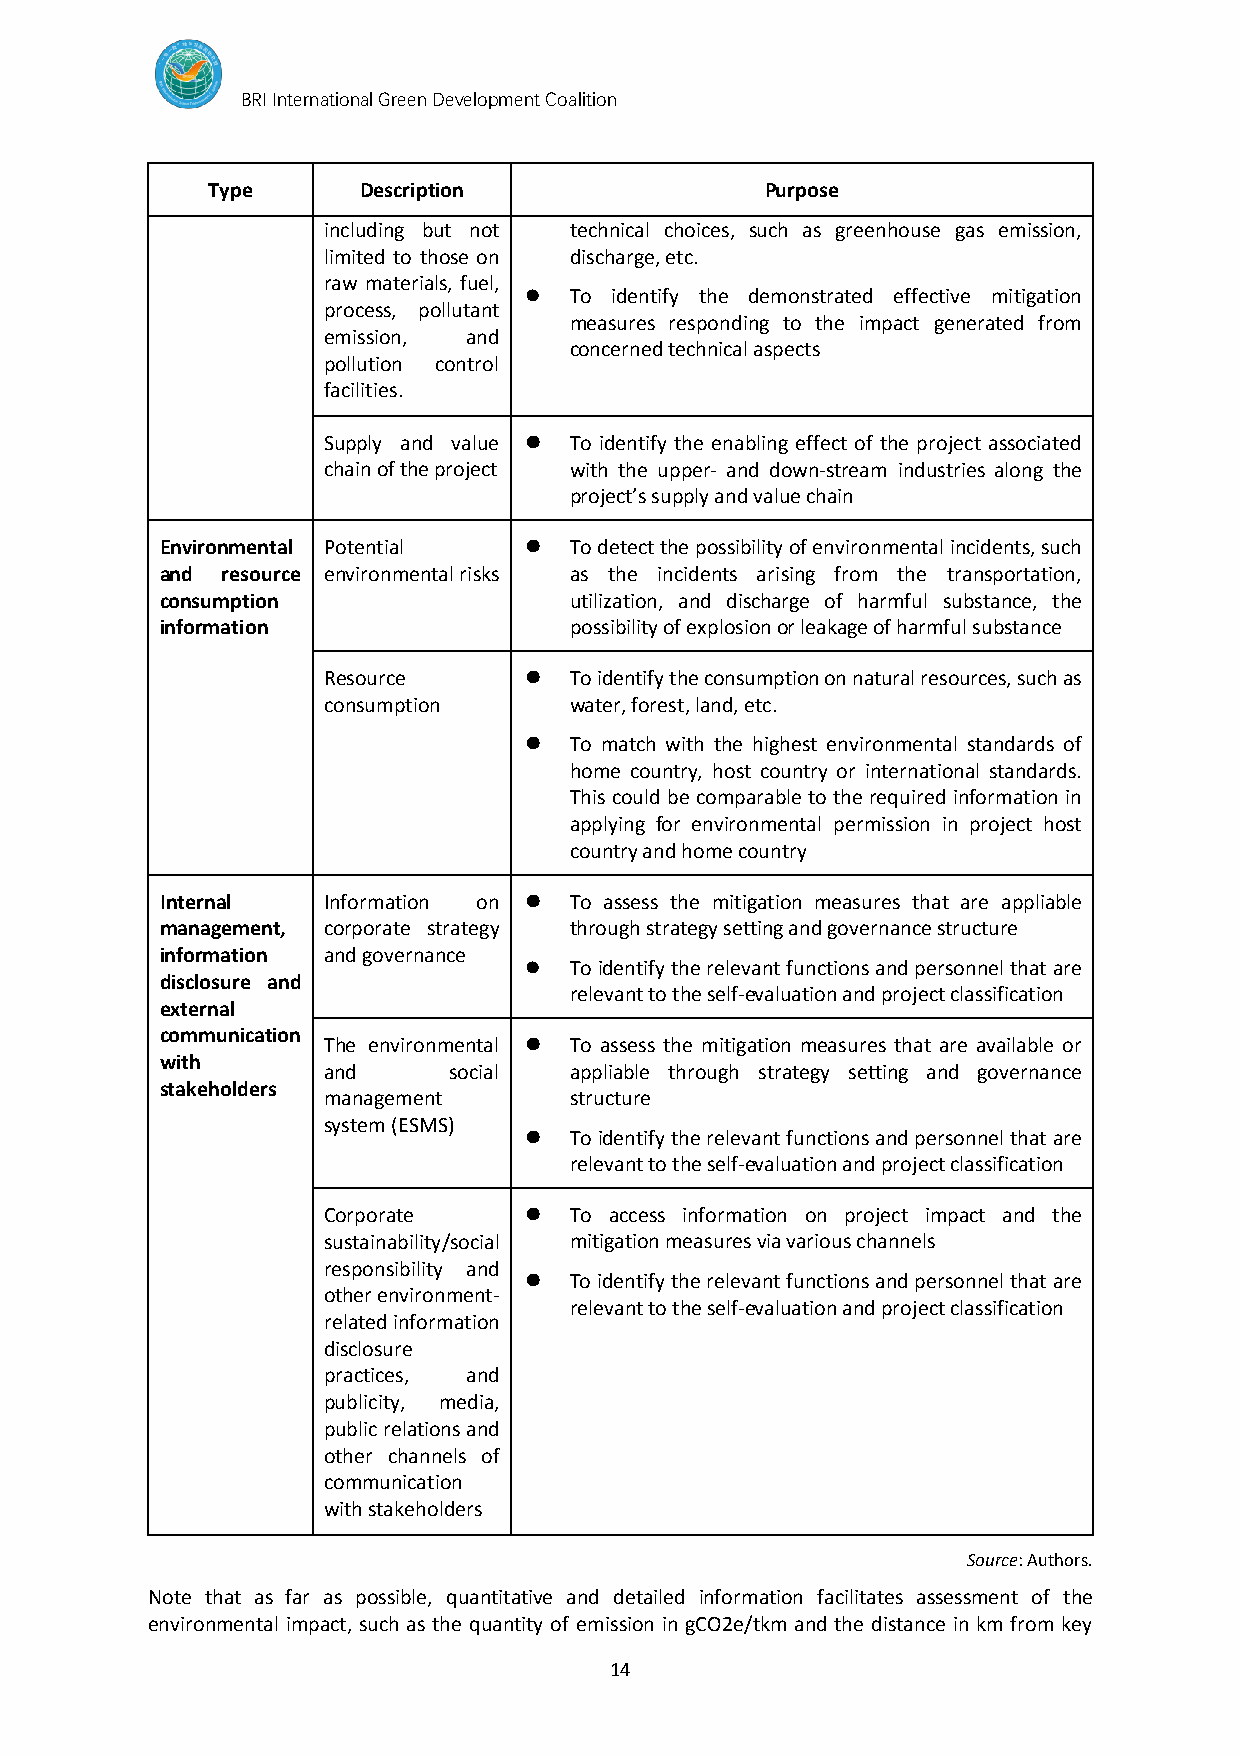
BRI International Green Development Coalition
 Type      Description                Purpose
 including but not technical choices, such as greenhouse gas emission,
 limited to those on discharge, etc.
 raw materials, fuel,
 ⚫  To identify the demonstrated effective mitigation
 process, pollutant
 measures responding to the impact generated from
 emission, and
 concerned technical aspects
 pollution control
 facilities.
 Supply and value ⚫ To identify the enabling effect of the project associated
 chain of the project with the upper- and down-stream industries along the
 project’s supply and value chain
 Environmental Potential ⚫  To detect the possibility of environmental incidents, such
 and resource environmental risks as the incidents arising from the transportation,
 consumption                utilization, and discharge of harmful substance, the
 information                possibility of explosion or leakage of harmful substance
 Resource      ⚫  To identify the consumption on natural resources, such as
 consumption      water, forest, land, etc.
 ⚫  To match with the highest environmental standards of
 home country, host country or international standards.
 This could be comparable to the required information in
 applying for environmental permission in project host
 country and home country
 Internal  Information on ⚫ To assess the mitigation measures that are appliable
 management, corporate strategy through strategy setting and governance structure
 information and governance
 ⚫  To identify the relevant functions and personnel that are
 disclosure and
 relevant to the self-evaluation and project classification
 external
 communication
 The environmental ⚫ To assess the mitigation measures that are available or
 with
 and      social  appliable through strategy setting and governance
 stakeholders
 management       structure
 system (ESMS)
 ⚫  To identify the relevant functions and personnel that are
 relevant to the self-evaluation and project classification
 Corporate     ⚫  To access information on project impact and the
 sustainability/social mitigation measures via various channels
 responsibility and
 ⚫  To identify the relevant functions and personnel that are
 other environment-
 relevant to the self-evaluation and project classification
 related information
 disclosure
 practices, and
 publicity, media,
 public relations and
 other channels of
 communication
 with stakeholders
 Source: Authors.
 Note that as far as possible, quantitative and detailed information facilitates assessment of the
 environmental impact, such as the quantity of emission in gCO2e/tkm and the distance in km from key
 14